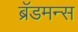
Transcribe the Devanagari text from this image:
ब्रॅडमन्स